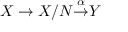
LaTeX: X \to X / N { \overset { \alpha } { \to } } Y